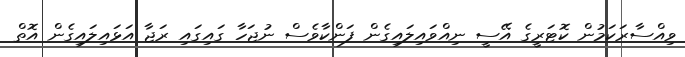
ވިއްސާރަކަމުން ކޮޓަރީގެ އޭސީ ނިއްވައިލައިގެން ފަންކާވެސް ނުޖަހާ ގައިގައި ރަޖާ އަޅައިލައިގެން އޮތް